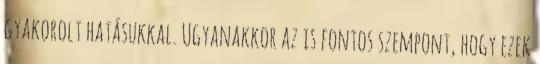
gyakorolt hatásukkal. Ugyanakkor az is fontos szempont, hogy ezek